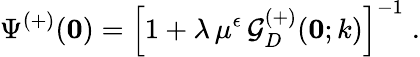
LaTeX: \Psi^{(+)}({\mathbf 0})=\left[1+\lambda\, \mu^{\epsilon}\, {\mathcal G}_{{D}}^{(+)}({\mathbf 0};k)\right]^{-1}\; .